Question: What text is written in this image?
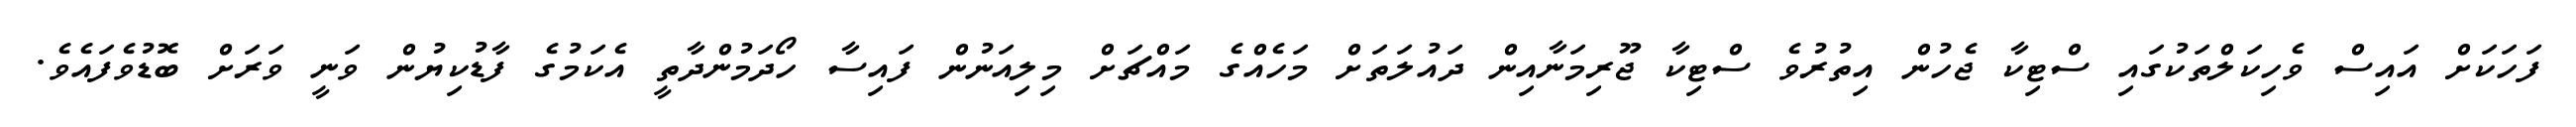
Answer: ފަހަކަށް އައިސް ވެހިކަލްތަކުގައި ސްޓިކާ ޖެހުން އިތުރުވެ ސްޓިކާ ޖޫރިމަނާއިން ދައުލަތަށް މަހެއްގެ މައްޗަށް މިލިއަނުން ފައިސާ ހޯދަމުންދާތީ އެކަމުގެ ފާޑުކިޔުން ވަނީ ވަރަށް ބޮޑުވެފައެވެ.